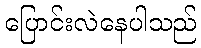
ပြောင်းလဲနေပါသည်